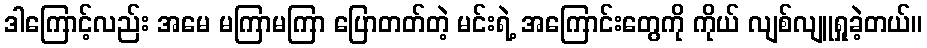
ဒါကြောင့်လည်း အမေ မကြာမကြာ ပြောတတ်တဲ့ မင်းရဲ့ အကြောင်းတွေကို ကိုယ် လျစ်လျူရှုခဲ့တယ်။